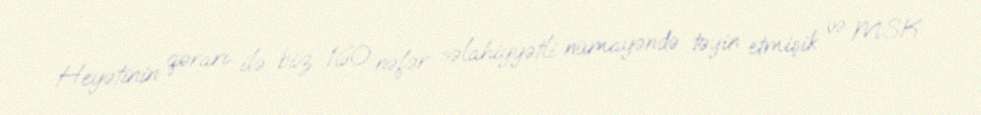
Heyətinin qərarı ilə biz 160 nəfər səlahiyyətli nümayəndə təyin etmişik və MSK